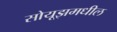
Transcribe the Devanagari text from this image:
सोयूझमधील